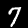
Label: 7